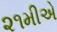
૨૧મીએ